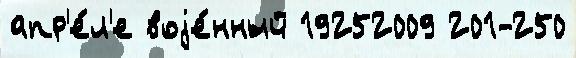
апр'е́л'е воjе́нный 19252009 201-250